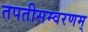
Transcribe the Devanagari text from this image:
तपतीसम्वरणम्